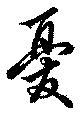
憂